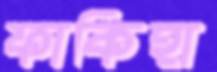
ফাকিহা